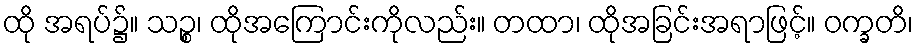
ထို အရပ်၌။ သဉ္စ၊ ထိုအကြောင်းကိုလည်း။ တထာ၊ ထိုအခြင်းအရာဖြင့်။ ဝက္ခတိ၊